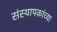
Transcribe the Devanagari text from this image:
संस्थापकांच्या